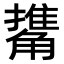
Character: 𧤹